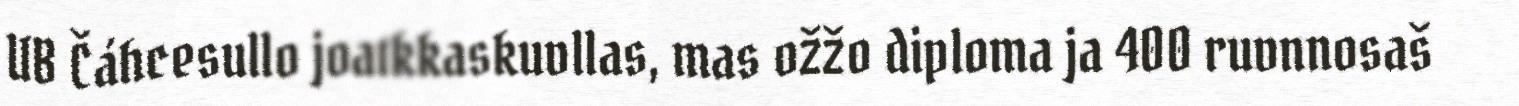
UB Čáhcesullo joatkkaskuvllas, mas ožžo diploma ja 400 ruvnnosaš